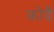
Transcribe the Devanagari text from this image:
कोदै